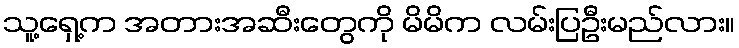
သူ့ရှေ့က အတားအဆီးတွေကို မိမိက လမ်းပြဦးမည်လား။